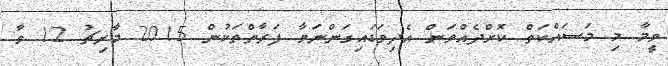
ވީމާ މި މަސައްކަތް ކޮށްދެއްވަން އެދިވަޑައިގަންނަވާ ފަރާތްތަކުން 2015 މާރިޗު 12 ވާ